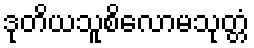
ဒုတိယသူစိလောမသုတ္တံ